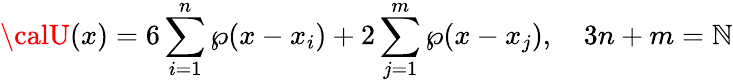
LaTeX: {\calU}(x)=6\sum_{i=1}^{n}\wp(x-x_{i})+2\sum_{j=1}^{m}\wp(x-x_{j}),\quad3n+m=\mathbb{N}